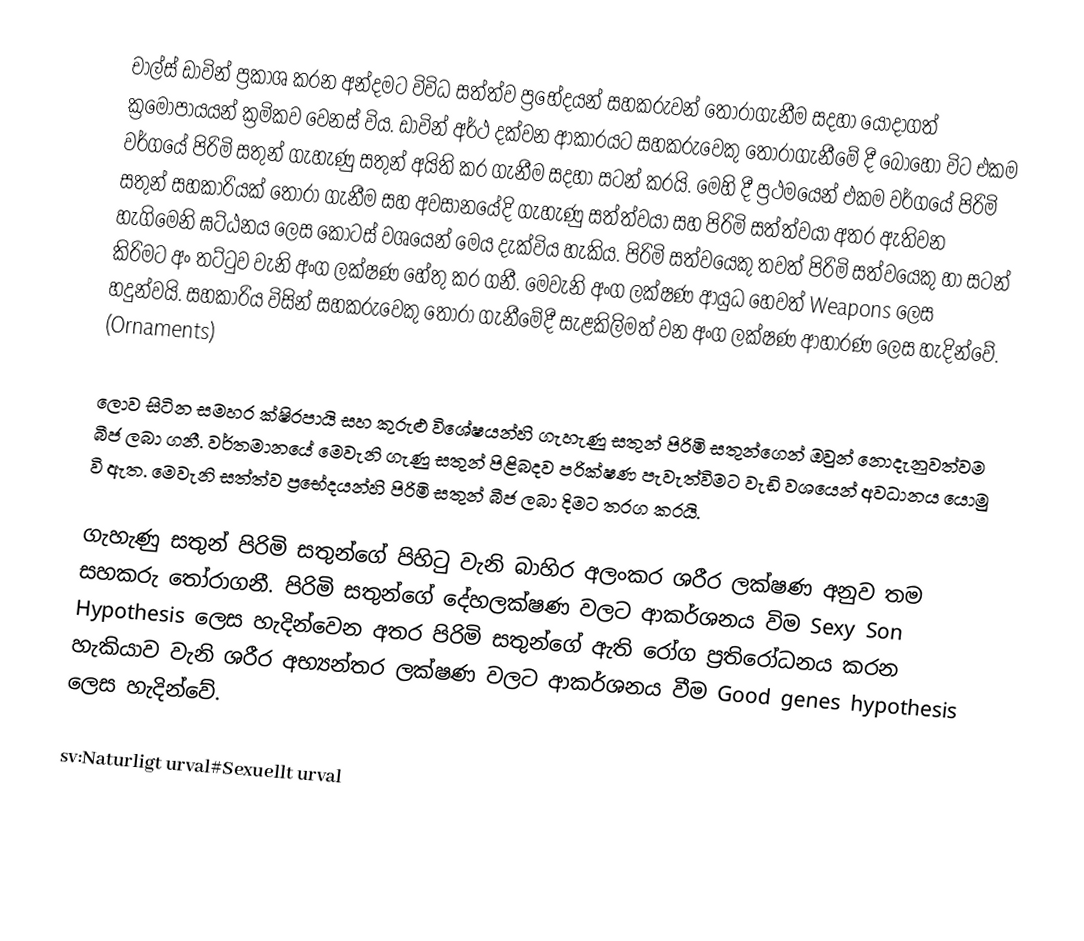
චාල්ස් ඩාවින් ප්‍රකාශ කරන අන්දමට විවිධ සත්ත්ව ප්‍රභේදයන් සහකරුවන් තෝරාගැනීම සදහා යොදාගත් ක්‍රමෝපායයන් ක්‍රමිකව වෙනස් විය. ඩාවින් අර්ථ දක්වන ආකාරයට සහකරුවෙකු තෝරාගැනීමේ දී බොහෝ විට එකම වර්ගයේ පිරිමි සතුන් ගැහැණු සතුන් අයිති කර ගැනීම සදහා සටන් කරයි. මෙහි දී ප්‍රථමයෙන් එකම වර්ගයේ පිරිමි සතුන් සහකාරියක් තෝරා ගැනීම සහ අවසානයේදි ගැහැණු සත්ත්වයා සහ පිරිමි සත්ත්වයා අතර ඇතිවන හැගිමෙනි ඝට්ඨනය ලෙස කොටස් වශයෙන් මෙය දැක්විය හැකිය. පිරිමි සත්වයෙකු තවත් පිරිමි සත්වයෙකු හා සටන් කිරිමට අං තට්ටුව වැනි අංග ලක්ෂණ හේතු කර ගනී. මෙවැනි අංග ලක්ෂණ ආයුධ හෙවත් Weapons ලෙස හදුන්වයි. සහකාරිය විසින් සහකරුවෙකු තෝරා ගැනීමේදී සැළකිලිමත් වන අංග ලක්ෂණ ආහාරණ  ලෙස හැදින්වේ. (Ornaments)

ලොව සිටින සමහර ක්ෂිරපායි  සහ කුරුළු විශේෂයන්හි ගැහැණු සතුන් පිරිමි සතුන්ගෙන් ඔවුන් නොදැනුවත්වම බීජ ලබා ගනී. වර්තමානයේ මෙවැනි ගැණු සතුන් පිළිබදව පරික්ෂණ පැවැත්විමට වැඩි වශයෙන් අවධානය යොමු  වි ඇත. මෙවැනි සත්ත්ව ප්‍රභේදයන්හි පිරිමි සතුන් බීජ ලබා දිමට තරග කරයි.

ගැහැණු සතුන් පිරිමි සතුන්ගේ පිහිටු වැනි බාහිර අලංකර ශරීර ලක්ෂණ අනුව තම සහකරු තෝරාගනී. පිරිමි සතුන්ගේ දේහලක්ෂණ වලට ආකර්ශනය විම Sexy Son Hypothesis  ලෙස හැදින්වෙන අතර පිරිමි සතුන්ගේ ඇති රෝග ප්‍රතිරෝධනය කරන හැකියාව වැනි ශරීර අභ්‍යන්තර ලක්ෂණ වලට ආකර්ශනය වීම Good genes hypothesis  ලෙස හැදින්වේ.

sv:Naturligt urval#Sexuellt urval